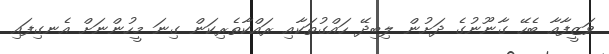
ވަޒީފާއާ ބެހޭ ގާނޫނުގެ ދަށުން ލިބިދޭ ހައްގުތަކާއި ރައްކާތެރިކަން ގިނަ މީހުންނަށް އެނގިފައި